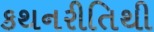
કથનરીતિથી